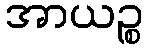
အာယဉ္စ